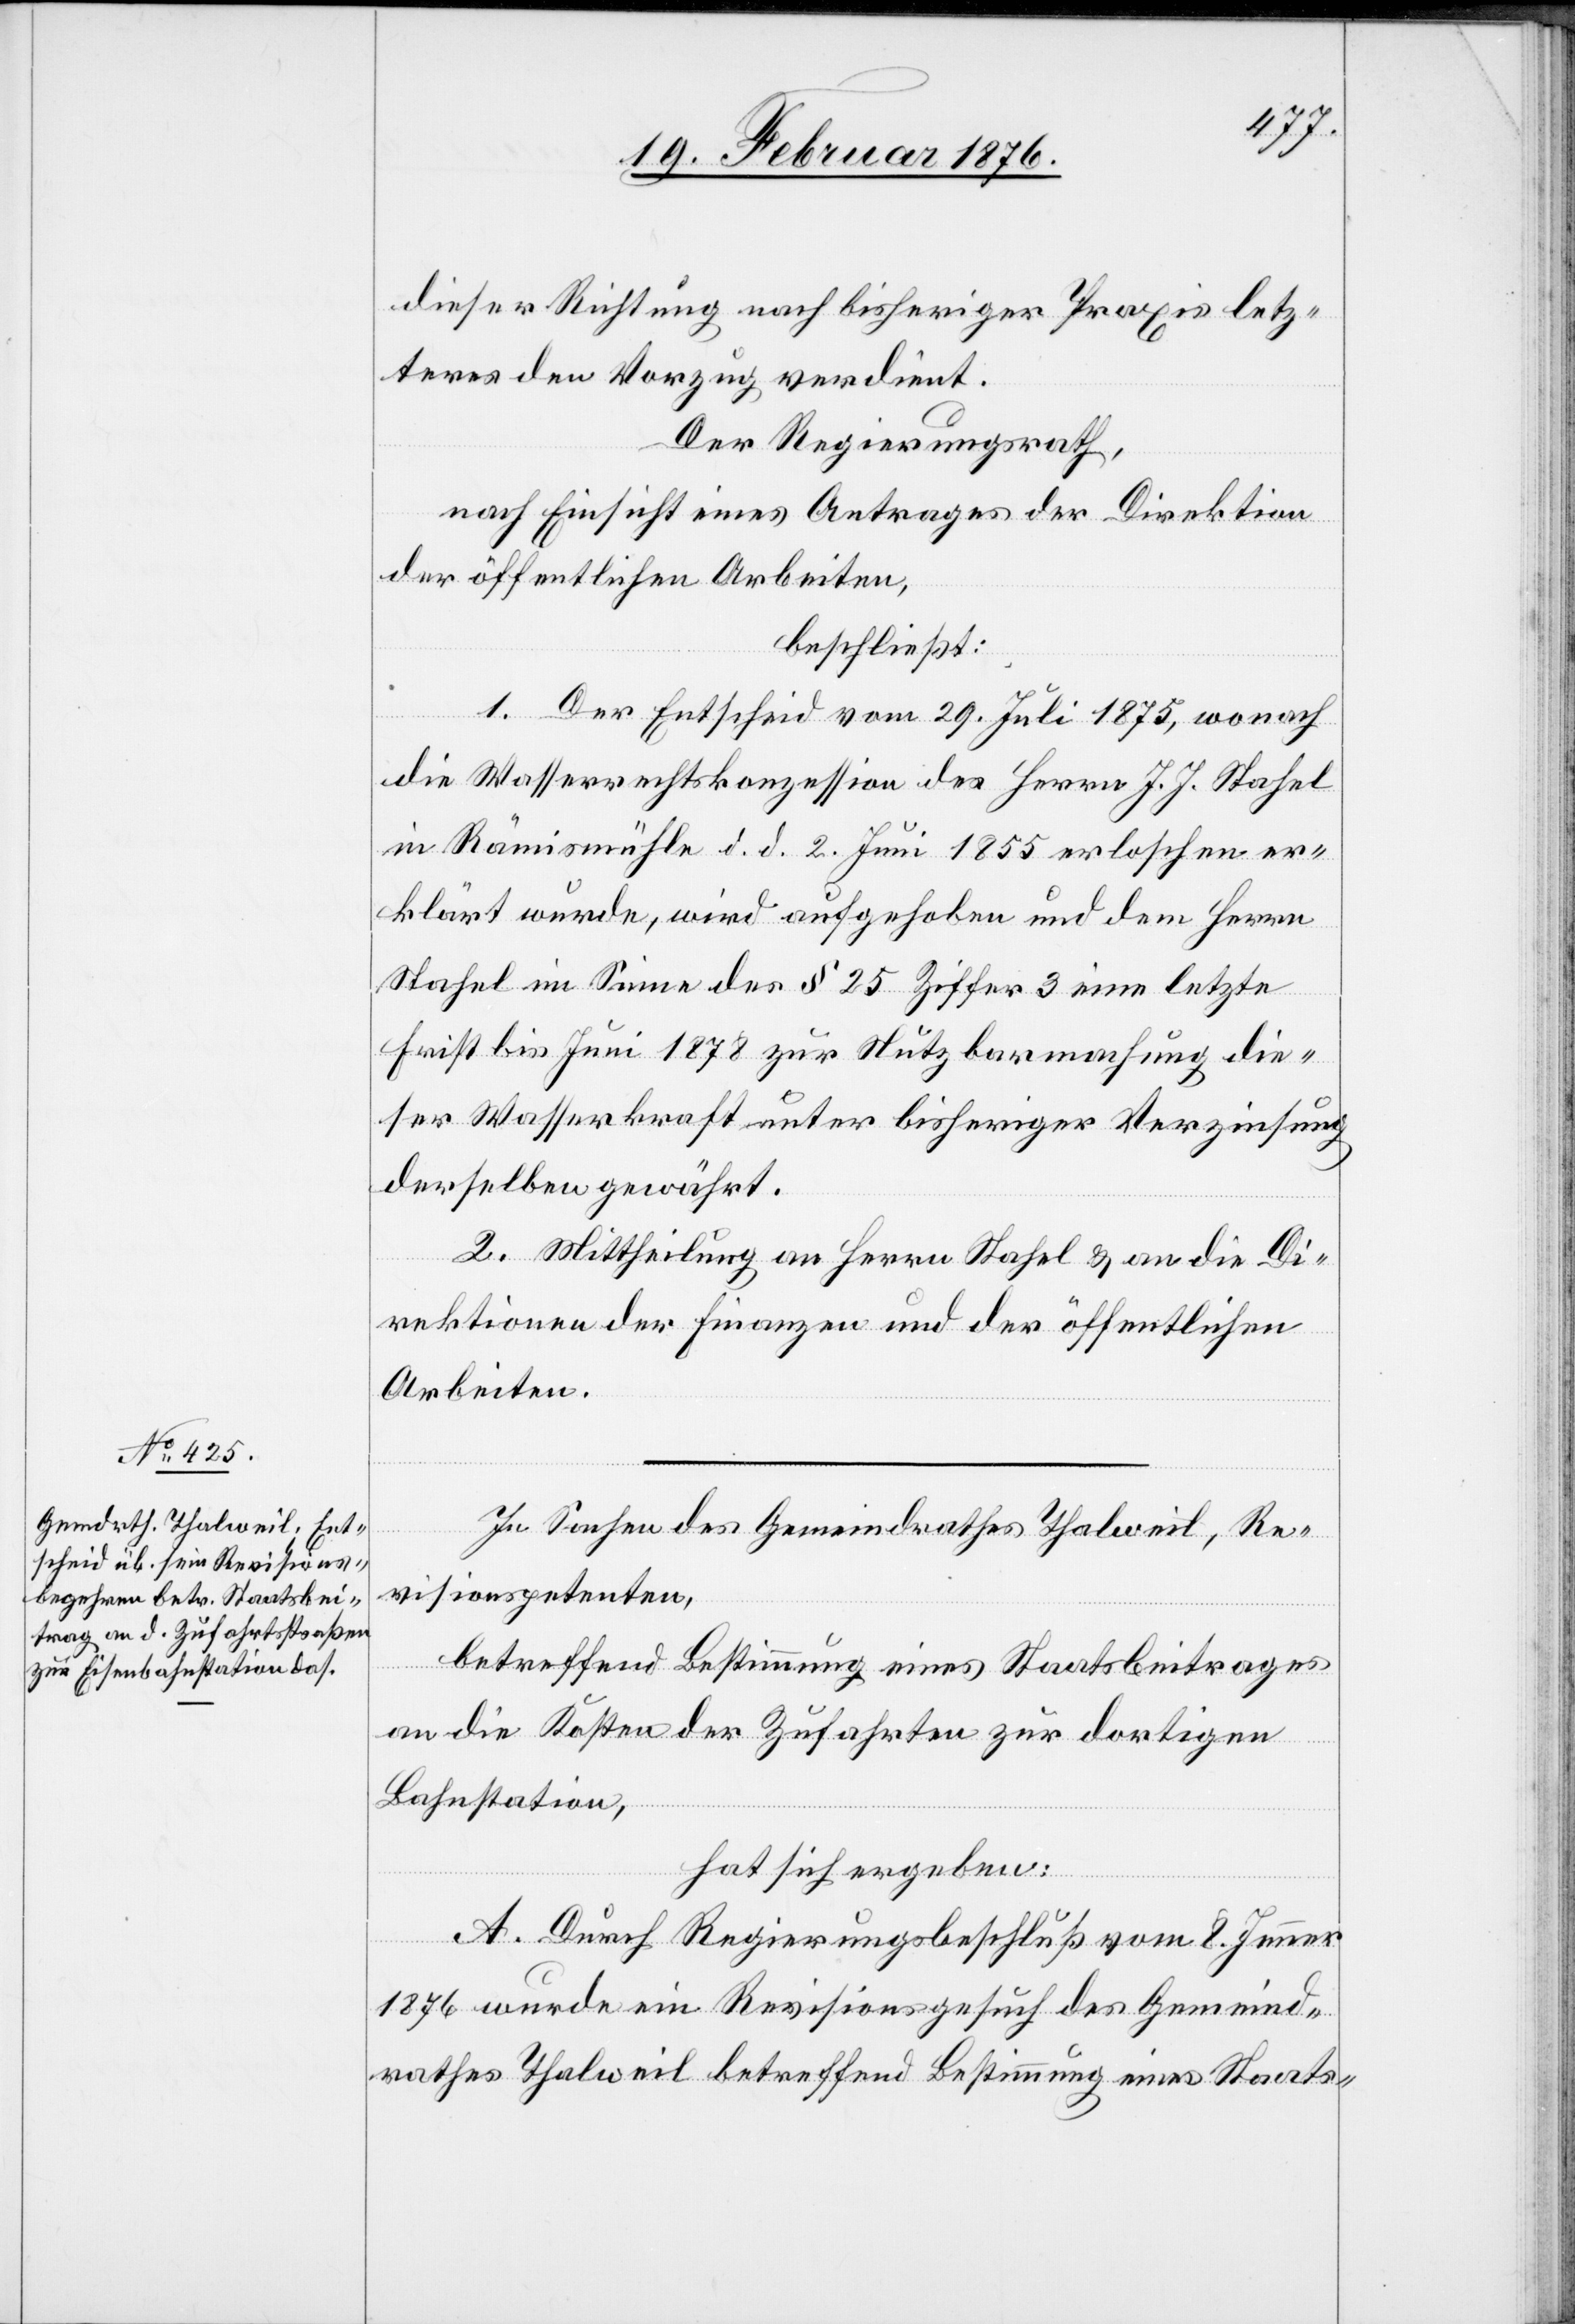
des

dieser Richtung nach bisheriger Praxis letz¬
teres den Vorzug verdient.
Der Regierungsrath,
nach Einsicht eines Antrages der Direktion
der öffentlichen Arbeiten.
beschließt:
Innern
1. Der Entscheid vom 29. Juli 1875, wonach
die Wasserrechtskonzession des Herrn J. .Stahel
in Rämismühle d. d. 2. Juni 1855 erloschen er¬
klärt wurde, wird aufgehoben und dem Herrn
Stahel im Sinne des § 25 Ziffer 3 eine letzte
Frist bis Juni 1878 zur Nutzbarmachung die¬
ser Wasserkraft unter bisheriger Verzinsung
derselben gewährt.
2. Mittheilung an Herrn Stahel & an die Di¬
In Sachen des Gemeindrathes Thalweil, Re¬
visionspetenten,
betreffend Bestimmung eines Staatsbeitrages
an die Kosten der Zufahrten zur dortigen
Bahnstation,
hat sich ergeben:
und
A. Durch Regierungsrathsbeschluß vom 8. Jenner
1876 wurde ein Revisionsgesuch des Gemeind¬
rathes Thalweil betreffend Bestimmung eines Staats-